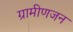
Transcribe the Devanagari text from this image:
ग्रामीणजन